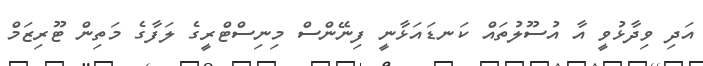
އަދި ވިދާޅުވީ އާ އުސޫލުތައް ކަނޑައަޅާނީ ފިނޭންސް މިނިސްޓްރީގެ ލަފާގެ މަތިން ޓޫރިޒަމް